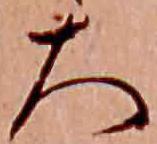
大